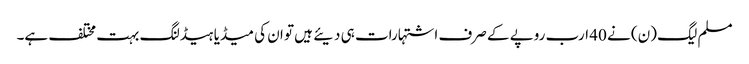
مسلم لیگ (ن) نے 40 ارب روپے کے صرف اشتہارات ہی دیئے ہیں تو ان کی میڈیا ہیڈلنگ بہت مختلف ہے۔